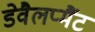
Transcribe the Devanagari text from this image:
डेवैलप्मैंट